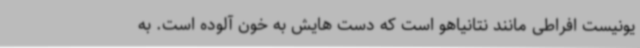
یونیست افراطی مانند نتانیاهو است که دست هایش به خون آلوده است. به